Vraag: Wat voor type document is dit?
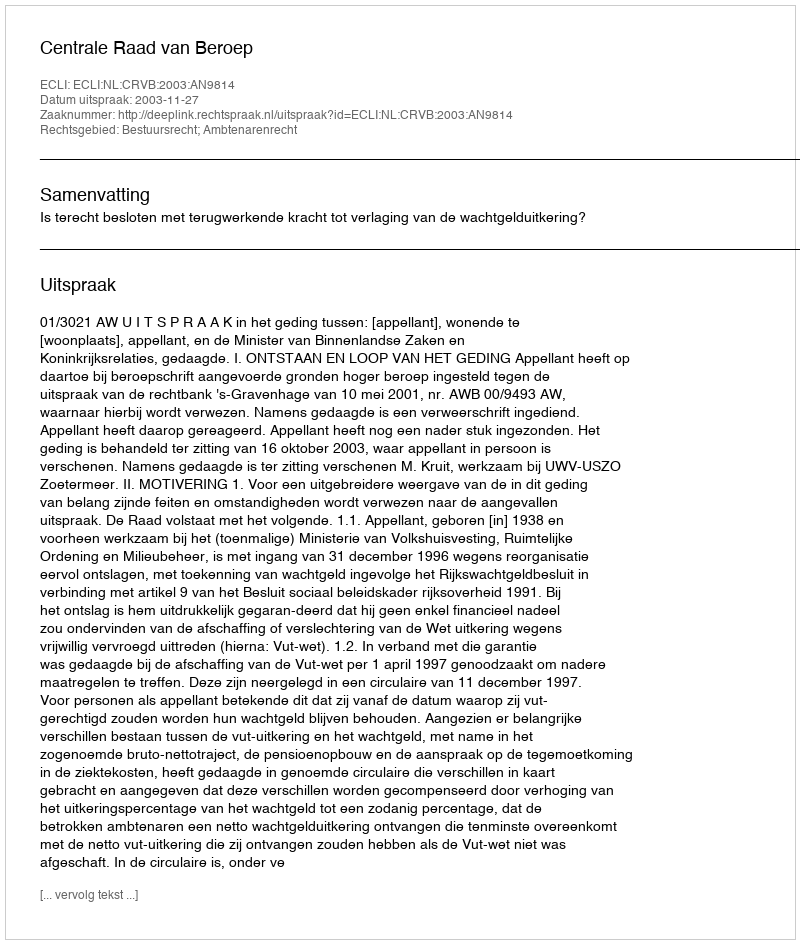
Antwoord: Uitspraak